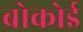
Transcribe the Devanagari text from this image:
बोकोई